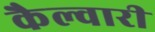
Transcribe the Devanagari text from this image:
कैल्वारी